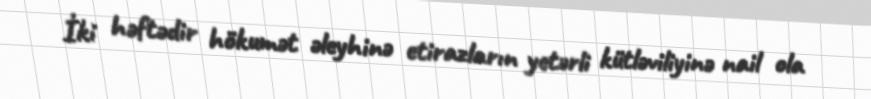
İki həftədir hökumət əleyhinə etirazların yetərli kütləviliyinə nail ola